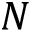
N